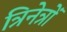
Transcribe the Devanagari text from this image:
त्रिनेत्रों